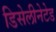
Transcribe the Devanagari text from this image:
डिसेलीनेटेड